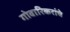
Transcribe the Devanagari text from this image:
गोवारिकरांचे